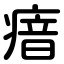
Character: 瘖